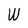
Character: W